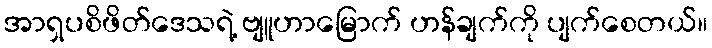
အာရှပစိဖိတ်ဒေသရဲ့ ဗျူဟာမြောက် ဟန်ချက်ကို ပျက်စေတယ်။